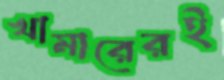
খামারেরই